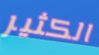
الكثير